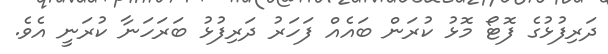
ދަރިފުޅުގެ ފޮޓޯ މޮޅު ކުރަން ބައެއް ފަހަރު ދަރިފުޅު ބަރަހަނާ ކުރަނީ އެވެ.